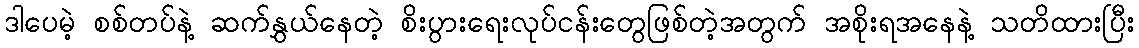
ဒါပေမဲ့ စစ်တပ်နဲ့ ဆက်နွှယ်နေတဲ့ စိးပွားရေးလုပ်ငန်းတွေဖြစ်တဲ့အတွက် အစိုးရအနေနဲ့ သတိထားပြီး